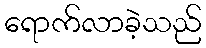
ရောက်လာခဲ့သည်